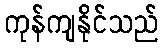
ကုန်ကျနိုင်သည်